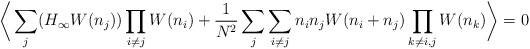
\begin{align*}\bigg\langle \sum_{j} (H_{\infty}W(n_{j}))\prod_{i\not=j}W(n_{i}) +{1\over N^{2}} \sum_{j}\sum_{i\not=j}n_{i}n_{j} W(n_{i}+n_{j})\prod_{k\not=i,j}W(n_{k}) \bigg\rangle= 0\end{align*}